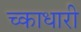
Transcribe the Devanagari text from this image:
च्काधारी